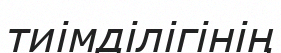
тиімділігінің